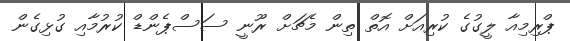
ޕްރިމިއާ ލީގުގެ ކުރިއަށް އޮތް ތިން މެޗަށް ރޫނީ ސަސްޕެންޑް ކުރުމާއި ގުޅިގެން